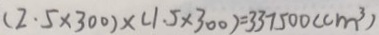
( 2 . 5 \times 3 0 0 ) \times ( 1 . 5 \times 3 0 0 ) = 3 3 7 5 0 0 ( c m ^ { 3 } )